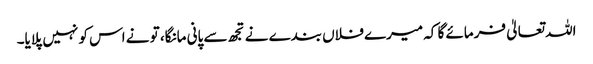
اللہ تعالیٰ فرمائے گا کہ میرے فلاں بندے نے تجھ سے پانی مانگا، تو نے اس کو نہیں پلایا۔